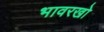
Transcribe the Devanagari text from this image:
भावरखो